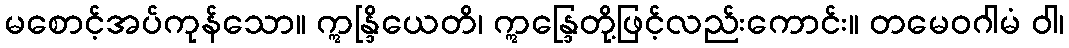
မစောင့်အပ်ကုန်သော။ ဣန္ဒြိယေတိ၊ ဣန္ဒြေတို့ဖြင့်လည်းကောင်း။ တမေဝဂါမံ ဝါ၊